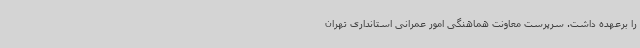
را برعهده داشت. سرپرست معاونت هماهنگی امور عمرانی استانداری تهران